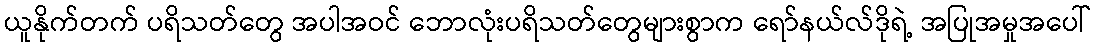
ယူနိုက်တက် ပရိသတ်တွေ အပါအဝင် ဘောလုံးပရိသတ်တွေများစွာက ရော်နယ်လ်ဒိုရဲ့ အပြုအမှုအပေါ်